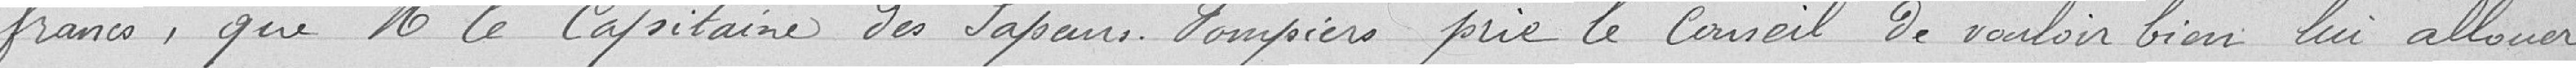
francs, que Monsieur le Capitaine des Sapeurs-Pompiers prie le conseil de vouloir bien lui allouer